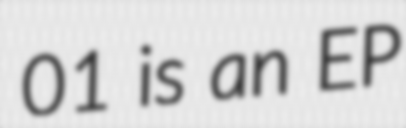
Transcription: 01 is an EP